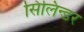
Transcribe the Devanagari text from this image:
सिलिन्डर